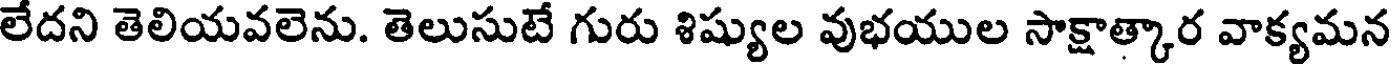
లేదని తెలియవలెను. తెలుసుటే గురు శిష్యుల వుభయుల సాక్షాత్కార వాక్యమన